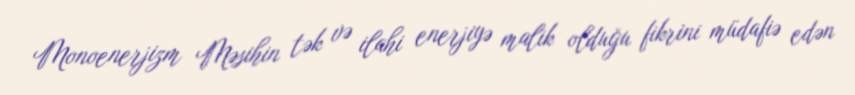
Monoenerjizm Məsihin tək və ilahi enerjiyə malik olduğu fikrini müdafiə edən